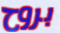
بروح